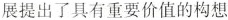
展提出了具有重要价值的构想